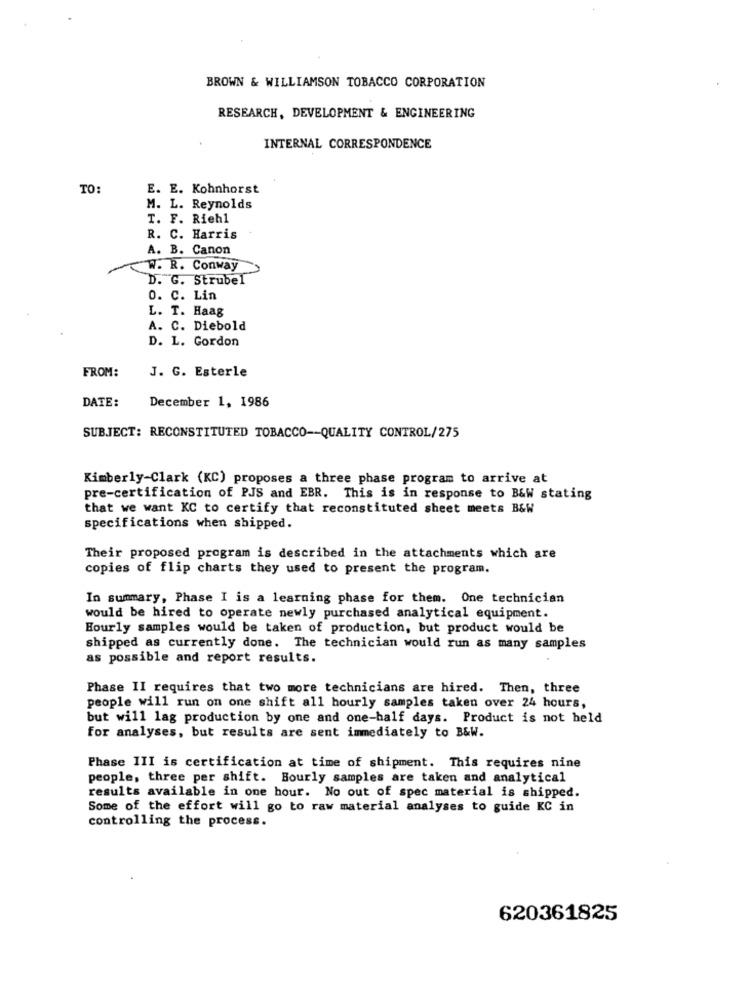
BROWN & WILLIAMSON TOBACCO CORPORATION
RESEARCH, DEVELOPMENT & ENGINEERING
INTERNAL CORRESPONDENCE
TO:
E. E. Kohnhorst
M. L. Reynolds
T. F. Riehl
R. C. Harris
A. B. Canon
W. R. Conway
D. G. Strubel
0. C. Lin
L. T. Haag
A. C. Diebold
D. L. Gordon
FROM:
J. G. Esterle
DATE:
December 1, 1986
SUBJECT: RECONSTITUTED TOBACCO -- QUALITY CONTROL/275
Kimberly-Clark (KC) proposes a three phase program to arrive at
pre-certification of PJS and EBR. This is in response to B&W stating
that we want KC to certify that reconstituted sheet meets B&W
specifications when shipped.
Their proposed program is described in the attachments which are
copies of flip charts they used to present the program.
In summary, Phase I is a learning phase for them. One technician
would be hired to operate newly purchased analytical equipment.
Hourly samples would be taken of production, but product would be
shipped as currently done. The technician would run as many samples
as possible and report results.
Phase II requires that two more technicians are hired. Then, three
people will run on one shift all hourly samples taken over 24 hours,
but will lag production by one and one-half days. Product is not held
for analyses, but results are sent immediately to B&W.
Phase III is certification at time of shipment. This requires nine
people, three per shift. Hourly samples are taken and analytical
results available in one hour. No out of spec material is shipped.
Some of the effort will go to raw material analyses to guide KC in
controlling the process.
620361825